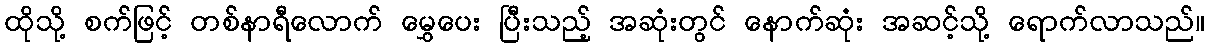
ထိုသို့ စက်ဖြင့် တစ်နာရီလောက် မွှေပေး ပြီးသည့် အဆုံးတွင် နောက်ဆုံး အဆင့်သို့ ရောက်လာသည်။